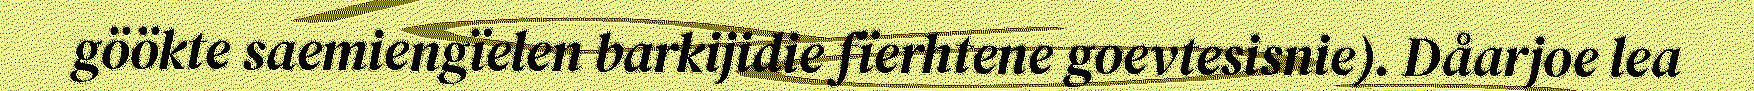
göökte saemiengïelen barkijidie fïerhtene goevtesisnie). Dåarjoe lea